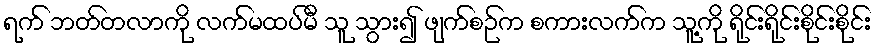
ရက် ဘတ်တလာကို လက်မထပ်မီ သူ သွား၍ ဖျက်စဉ်က စကားလက်က သူ့ကို ရိုင်းရိုင်းစိုင်းစိုင်း